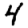
Digit: 4